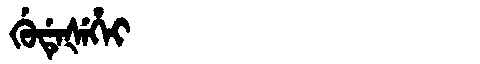
Manchu: ᡤᡠᡩᡝᡧᡝᡥᡝᡳ
Romanization: GUDEŠEHEI